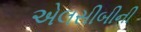
એલસીબીની